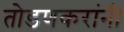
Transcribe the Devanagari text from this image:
तोडणकरांनी